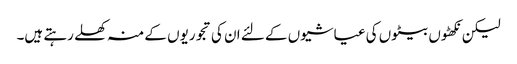
لیکن نکھٹوں بیٹوں کی عیاشیوں کے لئے ان کی تجوریوں کے منہ کھلے رہتے ہیں۔